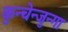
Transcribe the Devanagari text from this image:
कुन्चेन्जुन्गा